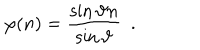
\varphi ( n ) = \frac { \sin \vartheta n } { \sin \vartheta } \ \ .